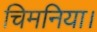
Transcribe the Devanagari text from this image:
चिमनिया।